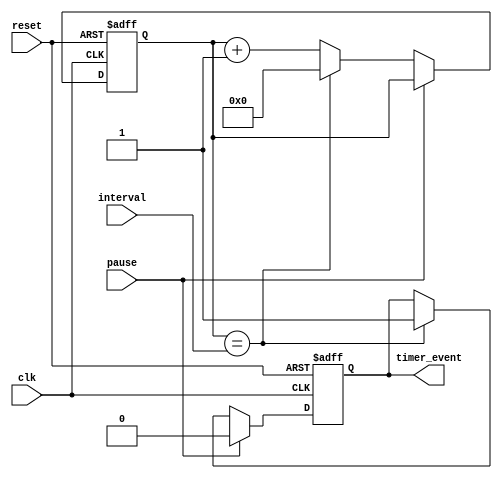
module Event_Timer (
  input wire clk,
  input wire reset,
  input wire pause,
  input wire [15:0] interval,
  output reg timer_event
);

reg [15:0] timer_count;

always @ (posedge clk or posedge reset) begin
  if (reset) begin
    timer_count <= 0;
    timer_event <= 0;
  end
  else if (pause) begin
    timer_event <= 0;
  end
  else begin
    timer_count <= timer_count + 1;
    if (timer_count == interval) begin
      timer_count <= 0;
      timer_event <= 1;
    end
  end
end

endmodule